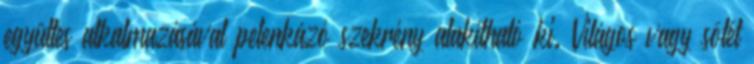
együttes alkalmazásával pelenkázó szekrény alakítható ki. Világos vagy sötét